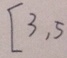
[ 3 , 5